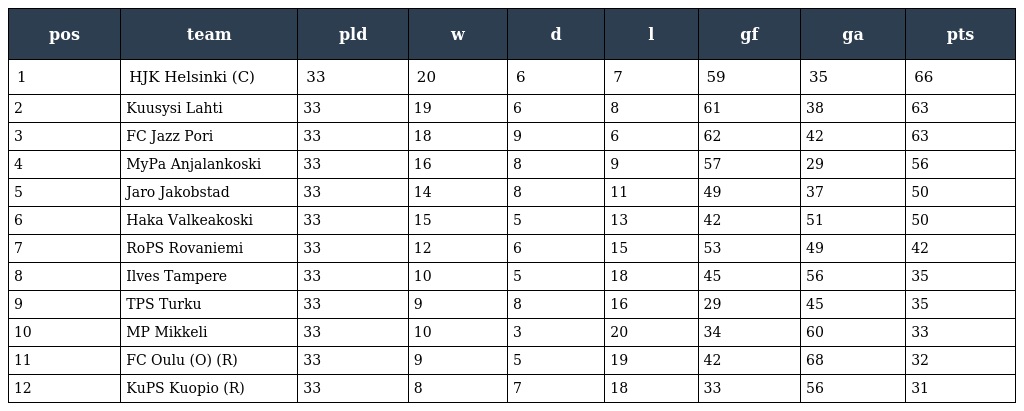
| pos | team | pld | w | d | l | gf | ga | pts |
 | --- | --- | --- | --- | --- | --- | --- | --- | --- |
 | 1 | HJK Helsinki (C) | 33 | 20 | 6 | 7 | 59 | 35 | 66 |
 | 2 | Kuusysi Lahti | 33 | 19 | 6 | 8 | 61 | 38 | 63 |
 | 3 | FC Jazz Pori | 33 | 18 | 9 | 6 | 62 | 42 | 63 |
 | 4 | MyPa Anjalankoski | 33 | 16 | 8 | 9 | 57 | 29 | 56 |
 | 5 | Jaro Jakobstad | 33 | 14 | 8 | 11 | 49 | 37 | 50 |
 | 6 | Haka Valkeakoski | 33 | 15 | 5 | 13 | 42 | 51 | 50 |
 | 7 | RoPS Rovaniemi | 33 | 12 | 6 | 15 | 53 | 49 | 42 |
 | 8 | Ilves Tampere | 33 | 10 | 5 | 18 | 45 | 56 | 35 |
 | 9 | TPS Turku | 33 | 9 | 8 | 16 | 29 | 45 | 35 |
 | 10 | MP Mikkeli | 33 | 10 | 3 | 20 | 34 | 60 | 33 |
 | 11 | FC Oulu (O) (R) | 33 | 9 | 5 | 19 | 42 | 68 | 32 |
 | 12 | KuPS Kuopio (R) | 33 | 8 | 7 | 18 | 33 | 56 | 31 |